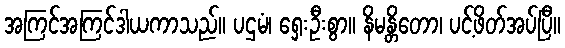
အကြင်အကြင်ဒါယကာသည်။ ပဌမံ၊ ရှေးဦးစွာ။ နိမန္တိတော၊ ပင့်ဖိတ်အပ်ပြီ။